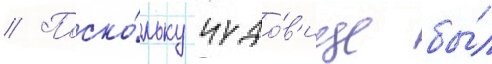
// Поско́льку чудо́в'ище бы́л